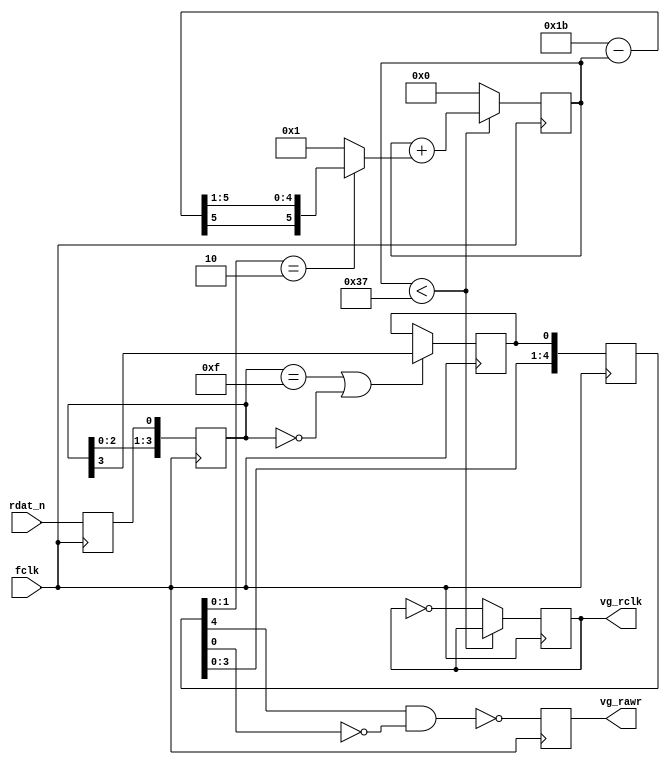
// ZX-Evo Base Configuration (c) NedoPC 2008,2009,2010,2011,2012,2013,2014
//
// 'PFD' design based on ZEK code

/*
    This file is part of ZX-Evo Base Configuration firmware.

    ZX-Evo Base Configuration firmware is free software:
    you can redistribute it and/or modify it under the terms of
    the GNU General Public License as published by
    the Free Software Foundation, either version 3 of the License, or
    (at your option) any later version.

    ZX-Evo Base Configuration firmware is distributed in the hope that
    it will be useful, but WITHOUT ANY WARRANTY; without even
    the implied warranty of MERCHANTABILITY or FITNESS FOR A PARTICULAR PURPOSE.
    See the GNU General Public License for more details.

    You should have received a copy of the GNU General Public License
    along with ZX-Evo Base Configuration firmware.
    If not, see <http://www.gnu.org/licenses/>.
*/


module fapch_zek
(
	input  wire fclk,

	input  wire rdat_n,

	output reg  vg_rclk,
	output reg  vg_rawr
);

	reg [3:0] rdat_sr;
	reg       rawr_sync;

	reg rdat_n_r;

	always @ (posedge fclk)
	begin
		rdat_n_r <= rdat_n;


	    rdat_sr <= { rdat_sr[2:0], rdat_n_r };
	    if (rdat_sr == 4'hF || rdat_sr == 4'h0)
	        rawr_sync <= rdat_sr[3];
	end

	// rawr
	reg [4:0] rawr_sr;

	always @ (posedge fclk)
	begin
	    rawr_sr <= { rawr_sr[3:0], rawr_sync };
	    vg_rawr <= !(rawr_sr[4] && !rawr_sr[0] ); // rawr 140ns
	end

	// rclk
	reg [5:0] counter = 0;
	wire[5:0] delta = 27 - counter;
	wire[5:0] shift = { delta[5], delta[5], delta[4:1] }; // sign div
	wire[5:0] inc   = rawr_sr[1:0] == 2'b10 ? shift : 1;

	always @ (posedge fclk)
	begin
	    if (counter < 55)
	        counter <= counter + inc;
	    else
	    begin
	        counter <= 0;
	        vg_rclk = ~vg_rclk;
	    end

	end

	initial
	    vg_rclk = 0;







endmodule